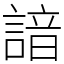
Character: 諳